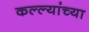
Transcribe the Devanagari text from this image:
कल्ल्यांच्या